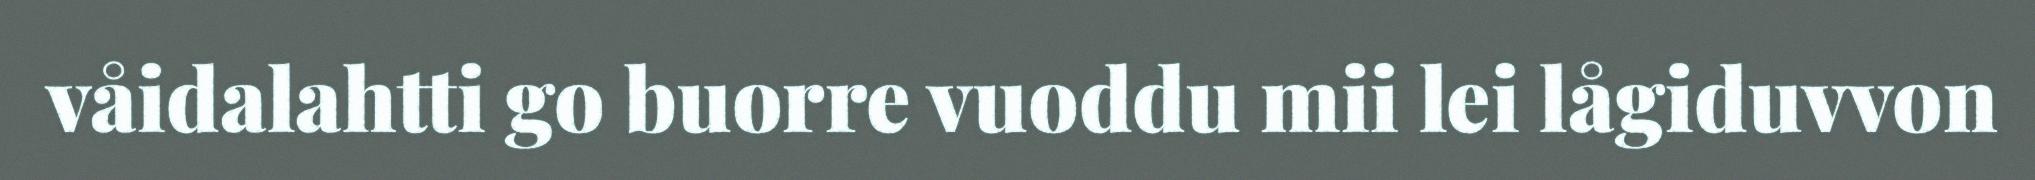
våidalahtti go buorre vuoddu mii lei lågiduvvon